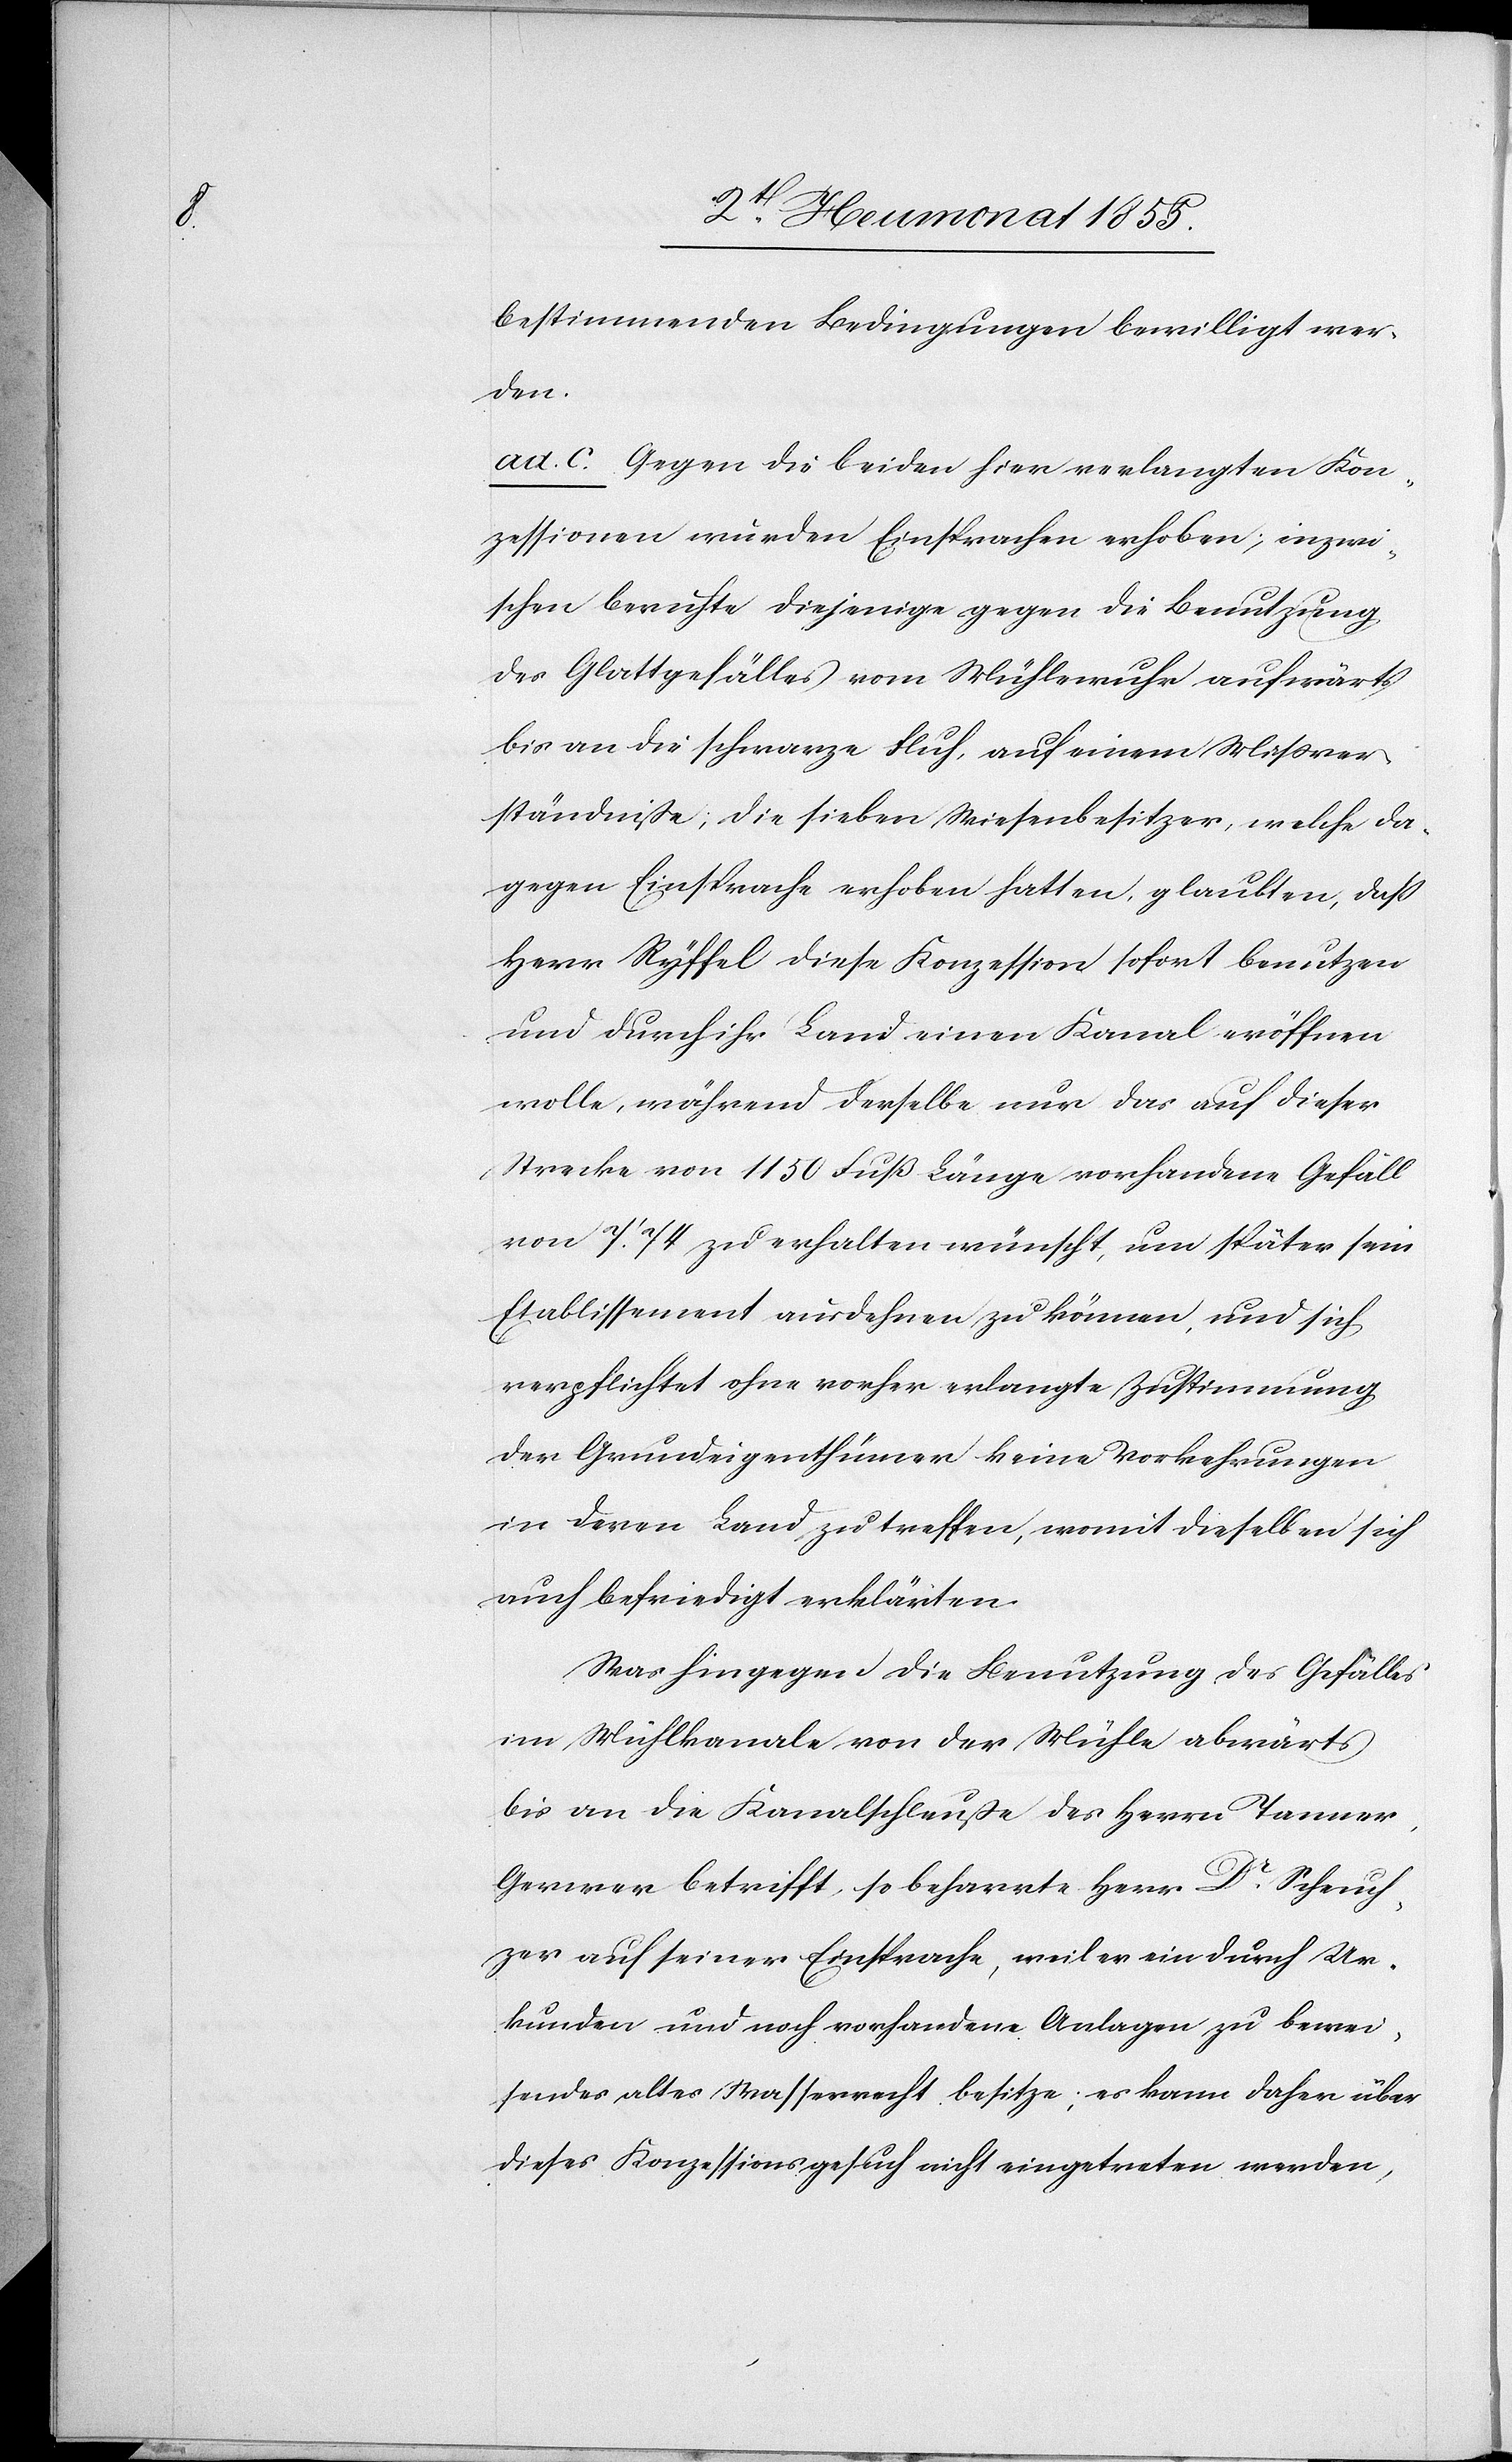
bestimmenden Bedingungen bewilligt wer¬
den.
ad. c. Gegen die beiden hier verlangten Kon¬
zessionen wurden Einsprachen erhoben; inzwi¬
schen beruhte diejenige gegen die Benutzung
des Glattgefälles vom Mühlewuhr aufwärts
bis an die schwarze Fluh, auf einem Missver¬
ständniße, die sieben Wiesenbesitzer, welche da¬
gegen Einsprache erhoben hatten, glaubten, dass
Herr Ryffel diese Konzession sofort benutzen
und durch ihr Land einen Kanal eröffnen
wolle, während derselbe nur das auf dieser
Strecke von 1150 Fuß Länge vorhandene Gefäll
von 7.‘ 74 zu erhalten wünscht, um später sein
Etablissement ausdehnen zu können, und sich
verpflichtet ohne vorher erlangte Zustimmung
der Grundeigenthümer keine Vorkehrungen
in deren Land zu treffen, womit dieselben sich
auch befriedigt erklärten.
Was hingegen die Benutzung des Gefälles
im Mühlkanale von der Mühle abwärts
bis an die Kanalschleuße des Herrn Tanner,
Gerwer betrifft, so beharrte Herr Dr. Scheuch¬
zer auf seiner Einsprache, weil er ein durch Ur¬
kunden und noch vorhandene Anlagen zu bewei¬
sendes altes Wasserrecht besitze; es kann daher über
dieses Konzessionsgesuch nicht eingetreten werden,